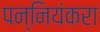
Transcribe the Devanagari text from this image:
पन्नियंकरा